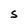
Character: S